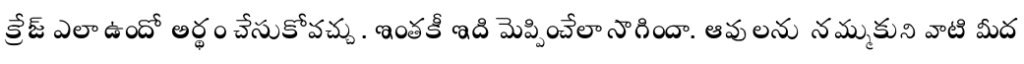
క్రేజ్ ఎలా ఉందో అర్థం చేసుకోవచ్చు. ఇంతకీ ఇది మెప్పించేలా సాగిందా. ఆవులను నమ్ముకుని వాటి మీద